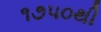
૧૭૫૦થી